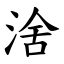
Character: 涻